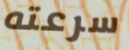
سرعته